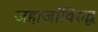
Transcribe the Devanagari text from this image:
जहाजांविरुद्ध